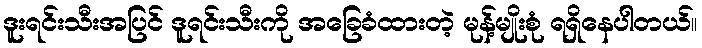
ဒူးရင်းသီးအပြင် ဒူရင်းသီးကို အခြေခံထားတဲ့ မုန့်မျိုးစုံ ရရှိနေပါတယ်။